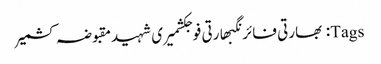
Tags: بھارتی فائرنگبھارتی فوجکشمیری شہیدمقبوضہ کشمیر